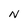
Character: N